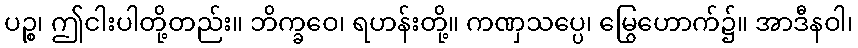
ပဉ္စ၊ ဤငါးပါတို့တည်း။ ဘိက္ခဝေ၊ ရဟန်းတို့။ ကဏှသပ္ပေ၊ မြွေဟောက်၌။ အာဒီနဝါ၊